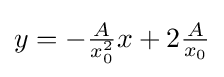
y=-{\tfrac {A}{x_{0}^{2}}}x+2{\tfrac {A}{x_{0}}}